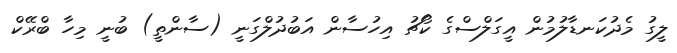
ލީގު މެދުކަނޑާލުމުން އީގަލްސްގެ ކޯޗު އިހުސާން އަބުދުލްގަނީ (ސާންތީ) ބުނީ މިހާ ބްރޭކް